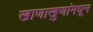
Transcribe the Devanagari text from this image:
खाणाखुणांमधून